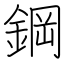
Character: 鋼